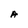
Character: A